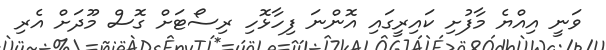
ވަނީ އިއްޔެ މާފުށި ކައިރީގައި އޮންނަ ފިހާޅޮހި ރިސޯޓަށް ގޮސް މޫދަށް އެރި